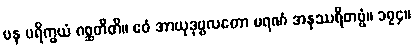
ပန ပရိက္ခယံ ဂစ္ဆတီတိ။ ဧဝံ အာယုဒုဗ္ဗလတော မရဏံ အနုဿရိတဗ္ဗံ။ ၁၇၄။